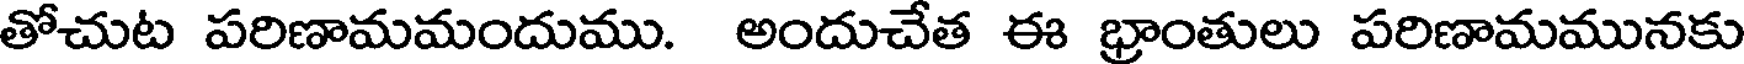
తోచుట పరిణామమందుము. అందుచేత ఈ భ్రాంతులు పరిణామమునకు